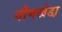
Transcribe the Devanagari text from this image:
नीमखेडा़